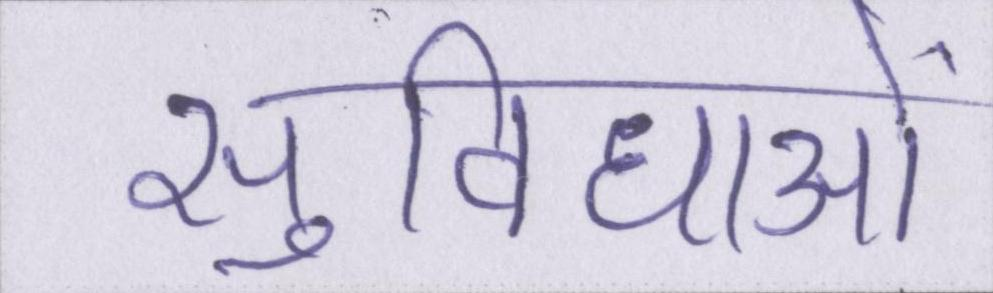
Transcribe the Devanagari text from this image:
सुविधाओं